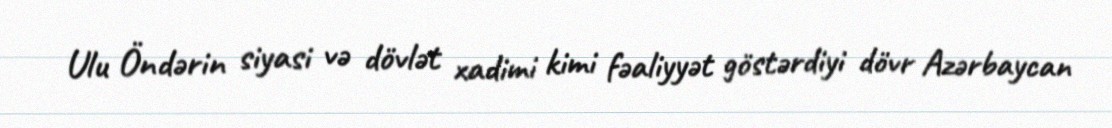
Ulu Öndərin siyasi və dövlət xadimi kimi fəaliyyət göstərdiyi dövr Azərbaycan